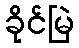
ခိုင်မြဲ